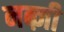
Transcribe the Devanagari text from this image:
नब्ज़ी